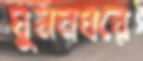
ঘুমনঘরে